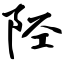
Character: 陉